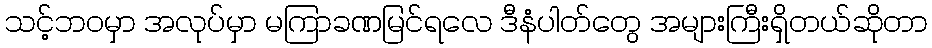
သင့်ဘဝမှာ အလုပ်မှာ မကြာခဏမြင်ရလေ ဒီနံပါတ်တွေ အများကြီးရှိတယ်ဆိုတာ